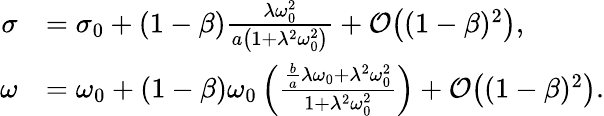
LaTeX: \begin{array}{rl}{\sigma}&{=\sigma_{0}+(1-\beta)\frac{\lambda\omega_{0}^{2}}{a\left(1+\lambda^{2}\omega_{0}^{2}\right)}+\mathcal{O}\bigl((1-\beta)^{2}\bigr),}\\ {\omega}&{=\omega_{0}+(1-\beta)\omega_{0}\left(\frac{\frac{b}{a}\lambda\omega_{0}+\lambda^{2}\omega_{0}^{2}}{1+\lambda^{2}\omega_{0}^{2}}\right)+\mathcal{O}\bigl((1-\beta)^{2}\bigr).}\end{array}